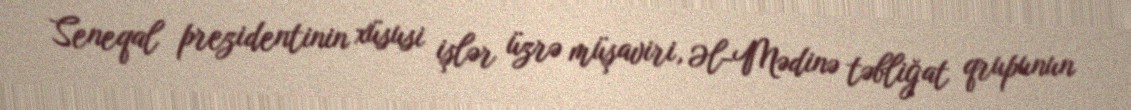
Seneqal prezidentinin xüsusi işlər üzrə müşaviri, Əl-Mədinə təbliğat qrupunun